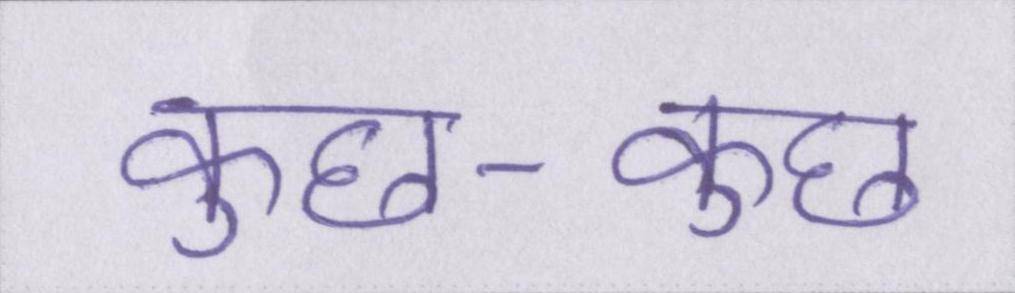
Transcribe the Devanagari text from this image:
कुछ-कुछ